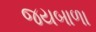
જયબાળા